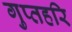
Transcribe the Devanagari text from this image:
गुप्तहरि